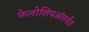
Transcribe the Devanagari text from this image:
फेलोशिपअंतर्गत